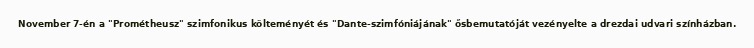
November 7-én a "Prométheusz" szimfonikus költeményét és "Dante-szimfóniájának" ősbemutatóját vezényelte a drezdai udvari színházban.